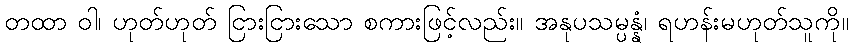
တထာ ဝါ၊ ဟုတ်ဟုတ် ငြားငြားသော စကားဖြင့်လည်း။ အနုပသမ္ပန္နံ၊ ရဟန်းမဟုတ်သူကို။